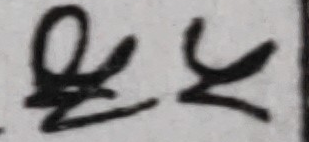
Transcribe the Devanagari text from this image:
छू